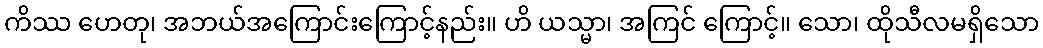
ကိဿ ဟေတု၊ အဘယ်အကြောင်းကြောင့်နည်း။ ဟိ ယသ္မာ၊ အကြင် ကြောင့်။ သော၊ ထိုသီလမရှိသော